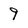
Character: 9